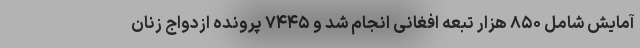
آمایش شامل ۸۵۰ هزار تبعه افغانی انجام شد و ۷۴۴۵ پرونده ازدواج زنان